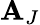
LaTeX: \mathbf{A}_{J}